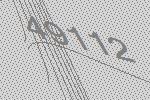
49112